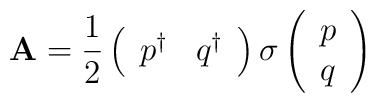
{\bf A}={1\over 2}\left(  \begin{array}{cc} p^\dagger & q^\dagger \end{array}\right){\bf \sigma}\left(\begin{array}{c} p\\q \end{array}\right)